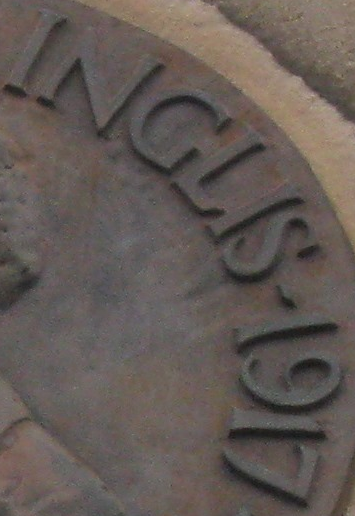
INGLIS-1917